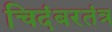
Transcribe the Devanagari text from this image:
चिदंबरतंत्र